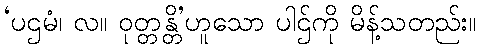
‘ပဌမံ၊ လ။ ဝုတ္တန္တိ’ဟူသော ပါဌ်ကို မိန့်သတည်း။